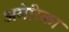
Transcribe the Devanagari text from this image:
अमेेेेरिका